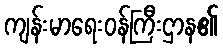
ကျန်းမာရေးဝန်ကြီးဌာန၏